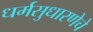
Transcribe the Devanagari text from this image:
धर्मसुधारणेचे